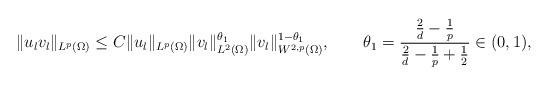
LaTeX: \begin{align*}\|u_{l}v_{l}\|_{L^{p}(\Omega)}\le C \|u_{l} \|_{L^{p}(\Omega)} \|v_{l}\|_{L^{2}(\Omega)}^{\theta_{1}}\|v_{l}\|_{W^{2,p}(\Omega)}^{1-\theta_{1}},\qquad\theta_{1}=\frac{\frac{2}{d}-\frac{1}{p}}{\frac{2}{d}-\frac{1}{p}+\frac{1}{2}}\in(0,1),\end{align*}